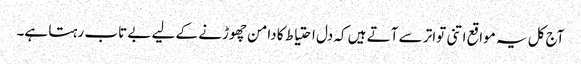
آج کل یہ مواقع اتنی تواتر سے آتے ہیں کہ دل احتیاط کا دامن چھوڑنے کے لیے بے تاب رہتا ہے۔